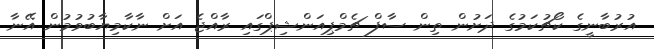
އުރުބާނީގެ ކޯޗުކަމުގެ ދަށުން ތިން ސާފް ޗެމްޕިއަންޝިޕްގައި ރާއްޖެ އަށް ނާކާމިޔާބުވުމުން އޭނާ